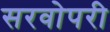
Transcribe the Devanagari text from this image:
सरवोपरी